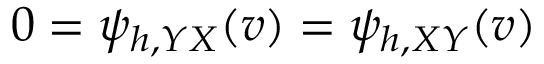
0 = \psi _ { h , Y X } ( v ) = \psi _ { h , X Y } ( v )